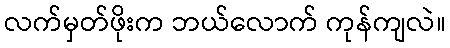
လက်မှတ်ဖိုးက ဘယ်လောက် ကုန်ကျလဲ။